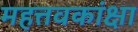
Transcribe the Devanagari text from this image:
महत्तवकांक्षा